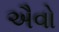
ઐવો